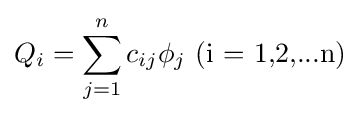
Q_{i}=\sum _{j=1}^{n}c_{ij}\phi _{j}{\mbox{    (i = 1,2,...n)}}